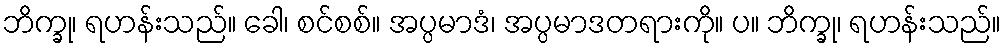
ဘိက္ခု၊ ရဟန်းသည်။ ခေါ၊ စင်စစ်။ အပ္ပမာဒံ၊ အပ္ပမာဒတရားကို။ ပ။ ဘိက္ခု၊ ရဟန်းသည်။